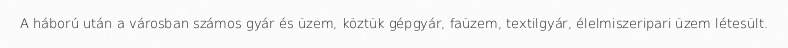
A háború után a városban számos gyár és üzem, köztük gépgyár, faüzem, textilgyár, élelmiszeripari üzem létesült.